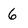
Character: 6